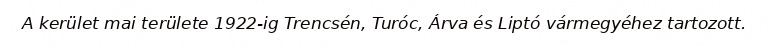
A kerület mai területe 1922-ig Trencsén, Turóc, Árva és Liptó vármegyéhez tartozott.